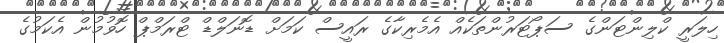
ހިލަރީ ކްލިންޓަންގެ ސަޕޯޓަރުންތަކެއް އެމެރިކާގެ ރައީސް ކަމަށް ޑޮނަލްޑް ޓްރަމްޕް ހޮވުމުން އެކަމުގެ